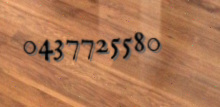
0437725580